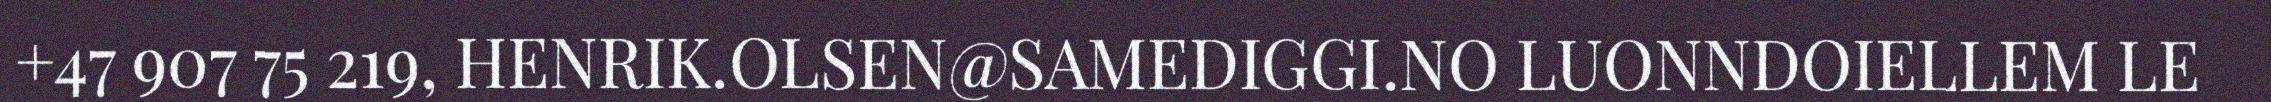
+47 907 75 219, HENRIK.OLSEN@SAMEDIGGI.NO LUONNDOIELLEM LE